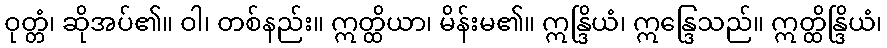
ဝုတ္တံ၊ ဆိုအပ်၏။ ဝါ၊ တစ်နည်း။ ဣတ္ထိယာ၊ မိန်းမ၏။ ဣန္ဒြိယံ၊ ဣန္ဒြေသည်။ ဣတ္ထိန္ဒြိယံ၊